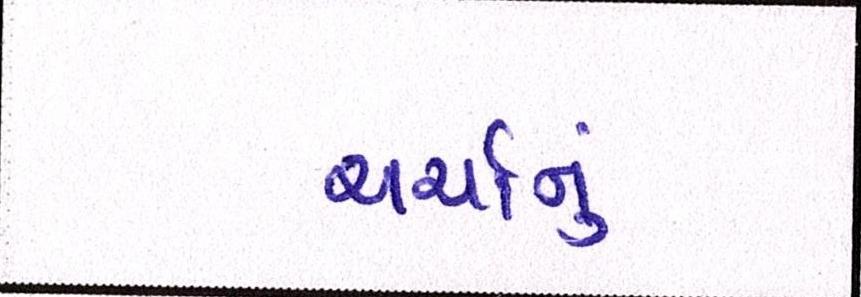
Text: ચર્ચાનું